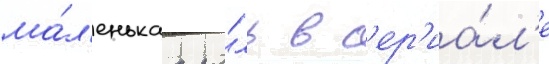
ма́л'енькаа ро́ль в с'ер'иа́л'е